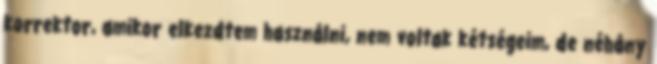
korrektor, amikor elkezdtem használni, nem voltak kétségeim, de néhány